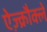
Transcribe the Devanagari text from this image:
ऐज़्क्रौक्ले